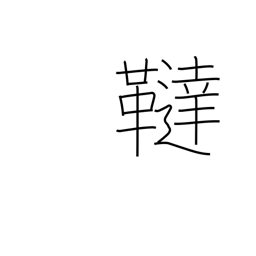
Meaning: region name